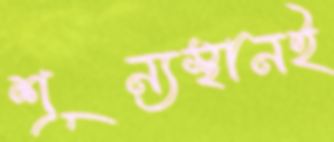
শূন্যস্থানই